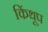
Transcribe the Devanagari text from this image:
किंथूप